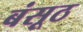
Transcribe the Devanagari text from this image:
बंसूठ